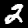
Label: 2